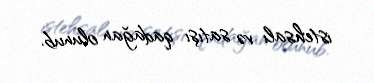
istehsalı və satışı qadağan olunub.